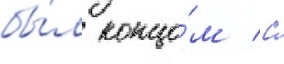
бы́л концо́м / с